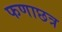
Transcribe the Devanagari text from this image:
फणाछत्र